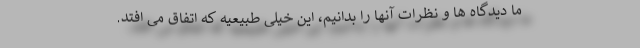
ما دیدگاه ها و نظرات آنها را بدانیم، این خیلی طبیعیه که اتفاق می افتد.